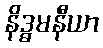
နိဒ္ဓမနီယာ